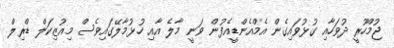
ޖުމްހޫރީ ދުވަހާއި ގުޅުވައިގެން އެމްއެންޑީއެފުން ވަނީ މާލެ އާއި ހުޅުމާލޭގައިވެސް މިއުޒިކަލް ޑްރިލް